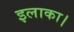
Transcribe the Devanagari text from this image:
इलाका।